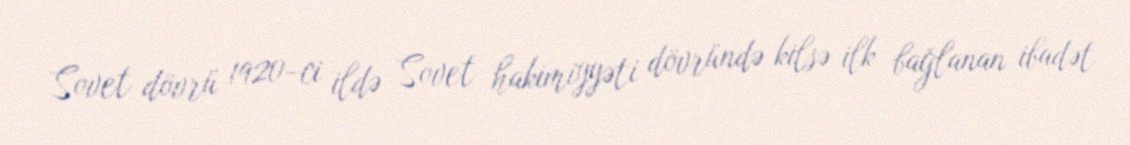
Sovet dövrü 1920-ci ildə Sovet hakimiyyəti dövründə kilsə ilk bağlanan ibadət